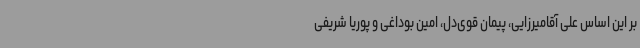
بر این اساس علی آقامیرزایی، پیمان قوی‌دل، امین بوداغی و پوریا شریفی